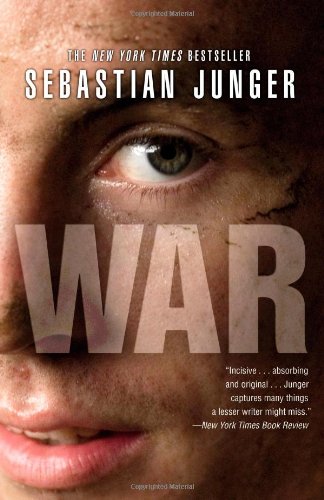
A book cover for WAR; Sebastian Junger; History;